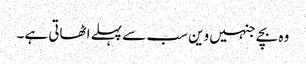
وہ بچے جنہیں وین سب سے پہلے اٹھاتی ہے۔